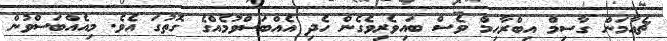
ޗެއާމަން ގާސިމް އިބްރާހިމް ވެސް ބައިވެރިވެގެން ހެދި އެއްބަސްވުމެއްގެ ގޮތުގަ އެވެ. މިއެއްބަސްވުން